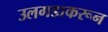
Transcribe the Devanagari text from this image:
उलगडाकरून